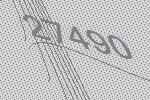
27490